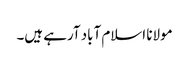
مولانا اسلام آباد آرہے ہیں۔